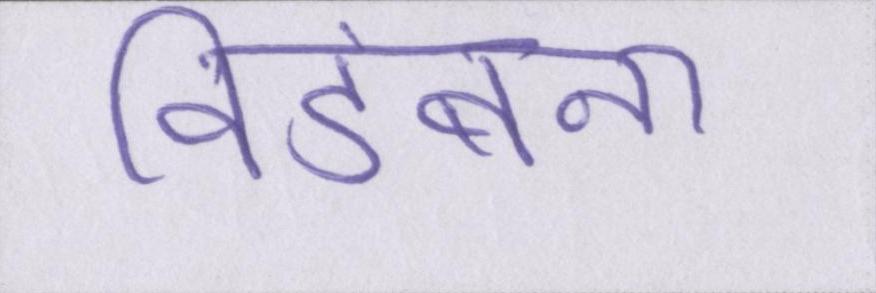
विडंबना